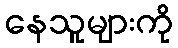
နေသူများကို